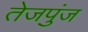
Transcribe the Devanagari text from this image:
तेजपुंज